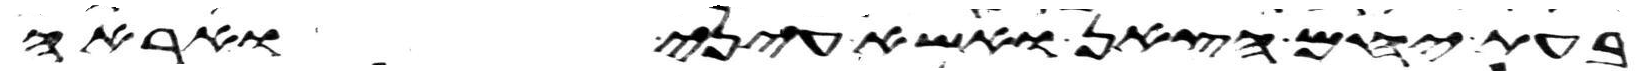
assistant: בעת יחם הצאן ואשא עיני ואראה